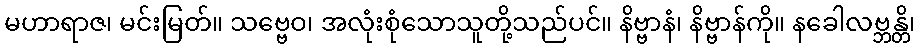
မဟာရာဇ၊ မင်းမြတ်။ သဗ္ဗေဝ၊ အလုံးစုံသောသူတို့သည်ပင်။ နိဗ္ဗာနံ၊ နိဗ္ဗာန်ကို။ နခေါလဗ္ဘန္တိ၊